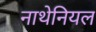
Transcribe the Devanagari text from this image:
नाथेनियल